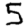
Digit: 5